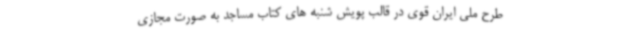
طرح ملی ایران قوی در قالب پویش شنبه های کتاب مساجد به صورت مجازی